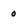
Character: 0